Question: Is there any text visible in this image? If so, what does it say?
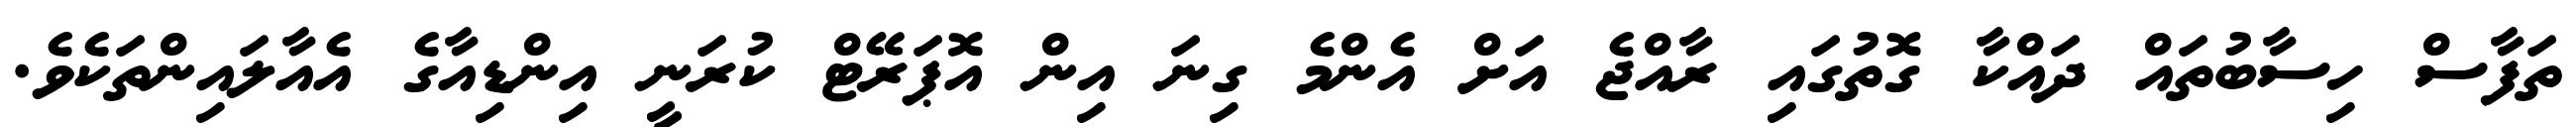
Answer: ތަފާސް ހިސާބުތައް ދައްކާ ގޮތުގައި ރާއްޖެ އަށް އެންމެ ގިނަ އިން އޮޕަރޭޓް ކުރަނީ އިންޑިއާގެ އެއާލައިންތަކެވެ.